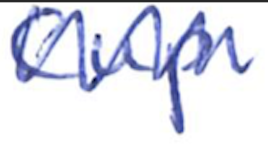
Text: Cup
Cross-out: zig-zag
Writing tool: ballpoint